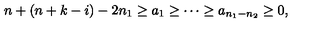
n + ( n + k - i ) - 2 n _ { 1 } \geq a _ { 1 } \geq \cdots \geq a _ { n _ { 1 } - n _ { 2 } } \geq 0 ,